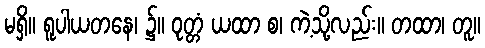
မရှိ။ ရူပါယတနေ၊ ၌။ ဝုတ္တံ ယထာ စ၊ ကဲ့သို့လည်း။ တထာ၊ တူ။